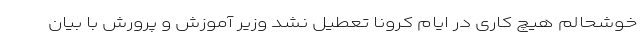
خوشحالم هیچ کاری در ایام کرونا تعطیل نشد وزیر آموزش و پرورش با بیان